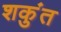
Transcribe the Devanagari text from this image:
शकुंत